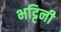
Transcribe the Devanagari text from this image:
भट्टिनी